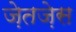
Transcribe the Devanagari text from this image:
ज़ेतज़ेस